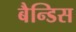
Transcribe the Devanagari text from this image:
बैन्डिस